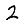
Digit: 2